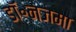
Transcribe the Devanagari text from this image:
डॉ॰नजमा